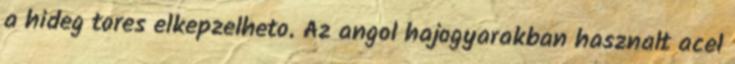
a hideg tores elkepzelheto. Az angol hajogyarakban hasznalt acel